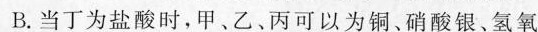
B.当丁为盐酸时，甲、乙、丙可以为铜、硝酸银、氢氧